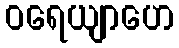
ဝရေယျာဟေ